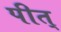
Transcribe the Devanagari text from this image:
पीत्